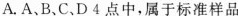
A. A、B、C、D 4点中，属于标准样品